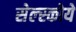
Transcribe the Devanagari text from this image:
सेल्स्कोये